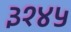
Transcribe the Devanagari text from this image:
३१४५